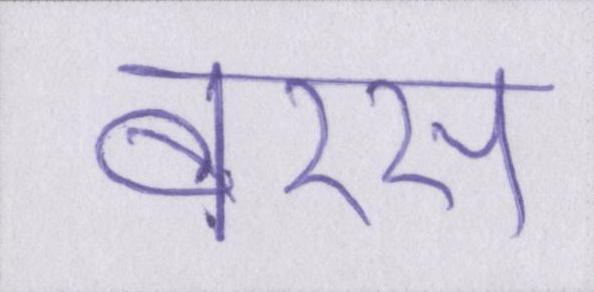
बरस